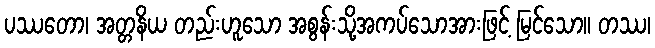
ပဿတော၊ အတ္တနိယ တည်းဟူသော အစွန်းသို့အကပ်သောအားဖြင့် မြင်သော။ တဿ၊